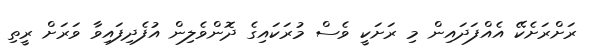
ރަށްރަށެކޭ އެއްފަދައިން މި ރަށަކީ ވެސް މުރަކައިގެ ދޮންވެލިން އުފެދިފައިވާ ވަރަށް ރީތި